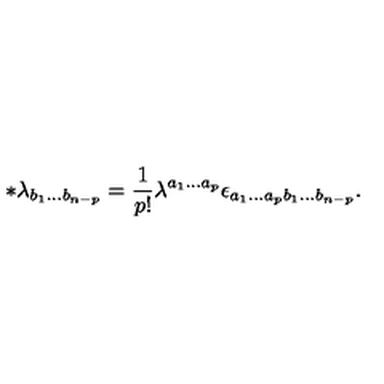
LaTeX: \ast \lambda _ { b _ { 1 } . . . b _ { n - p } } = \frac 1 { p ! } \lambda ^ { a _ { 1 } . . . a _ { p } } \epsilon _ { a _ { 1 } . . . a _ { p } b _ { 1 } . . . b _ { n - p } } .